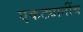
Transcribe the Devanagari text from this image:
एकट्यानींच